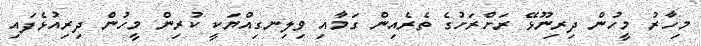
މިހާރު މީހުން ދިރިނޫޅޭ ރަށްރަށުގެ ތެރެއިން ގަމާއި ވިލިނގިއްޔަކީ ކުރިން މީހުން ދިރިއުޅެފައި